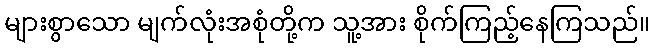
များစွာသော မျက်လုံးအစုံတို့က သူ့အား စိုက်ကြည့်နေကြသည်။